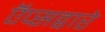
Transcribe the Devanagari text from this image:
ऍप्सद्वारे